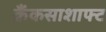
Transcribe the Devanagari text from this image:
क्रैंकसाशाफ्ट